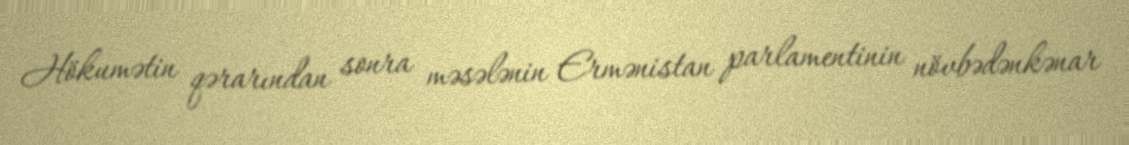
Hökumətin qərarından sonra məsələnin Ermənistan parlamentinin növbədənkənar